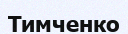
Тимченко